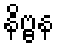
နိဗ္ဗန